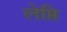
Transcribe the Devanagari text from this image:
लेप्ति